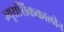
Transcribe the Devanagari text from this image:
ज्यूरासिककालीन